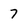
Character: 7